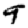
Digit: 9